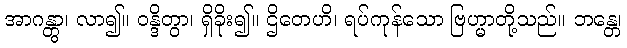
အာဂန္တွာ၊ လာ၍။ ဝန္ဒိတွာ၊ ရှိခိုး၍။ ဌိတေဟိ၊ ရပ်ကုန်သော ဗြဟ္မာတို့သည်။ ဘန္တေ၊